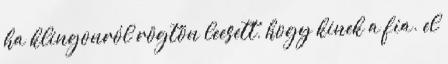
ha klingonról rögtön leesett, hogy kinek a fia. el